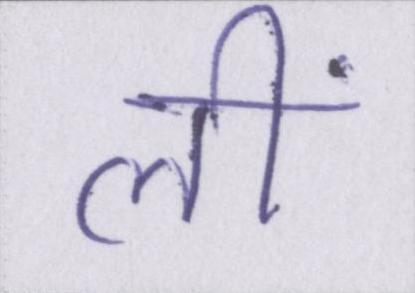
लीं